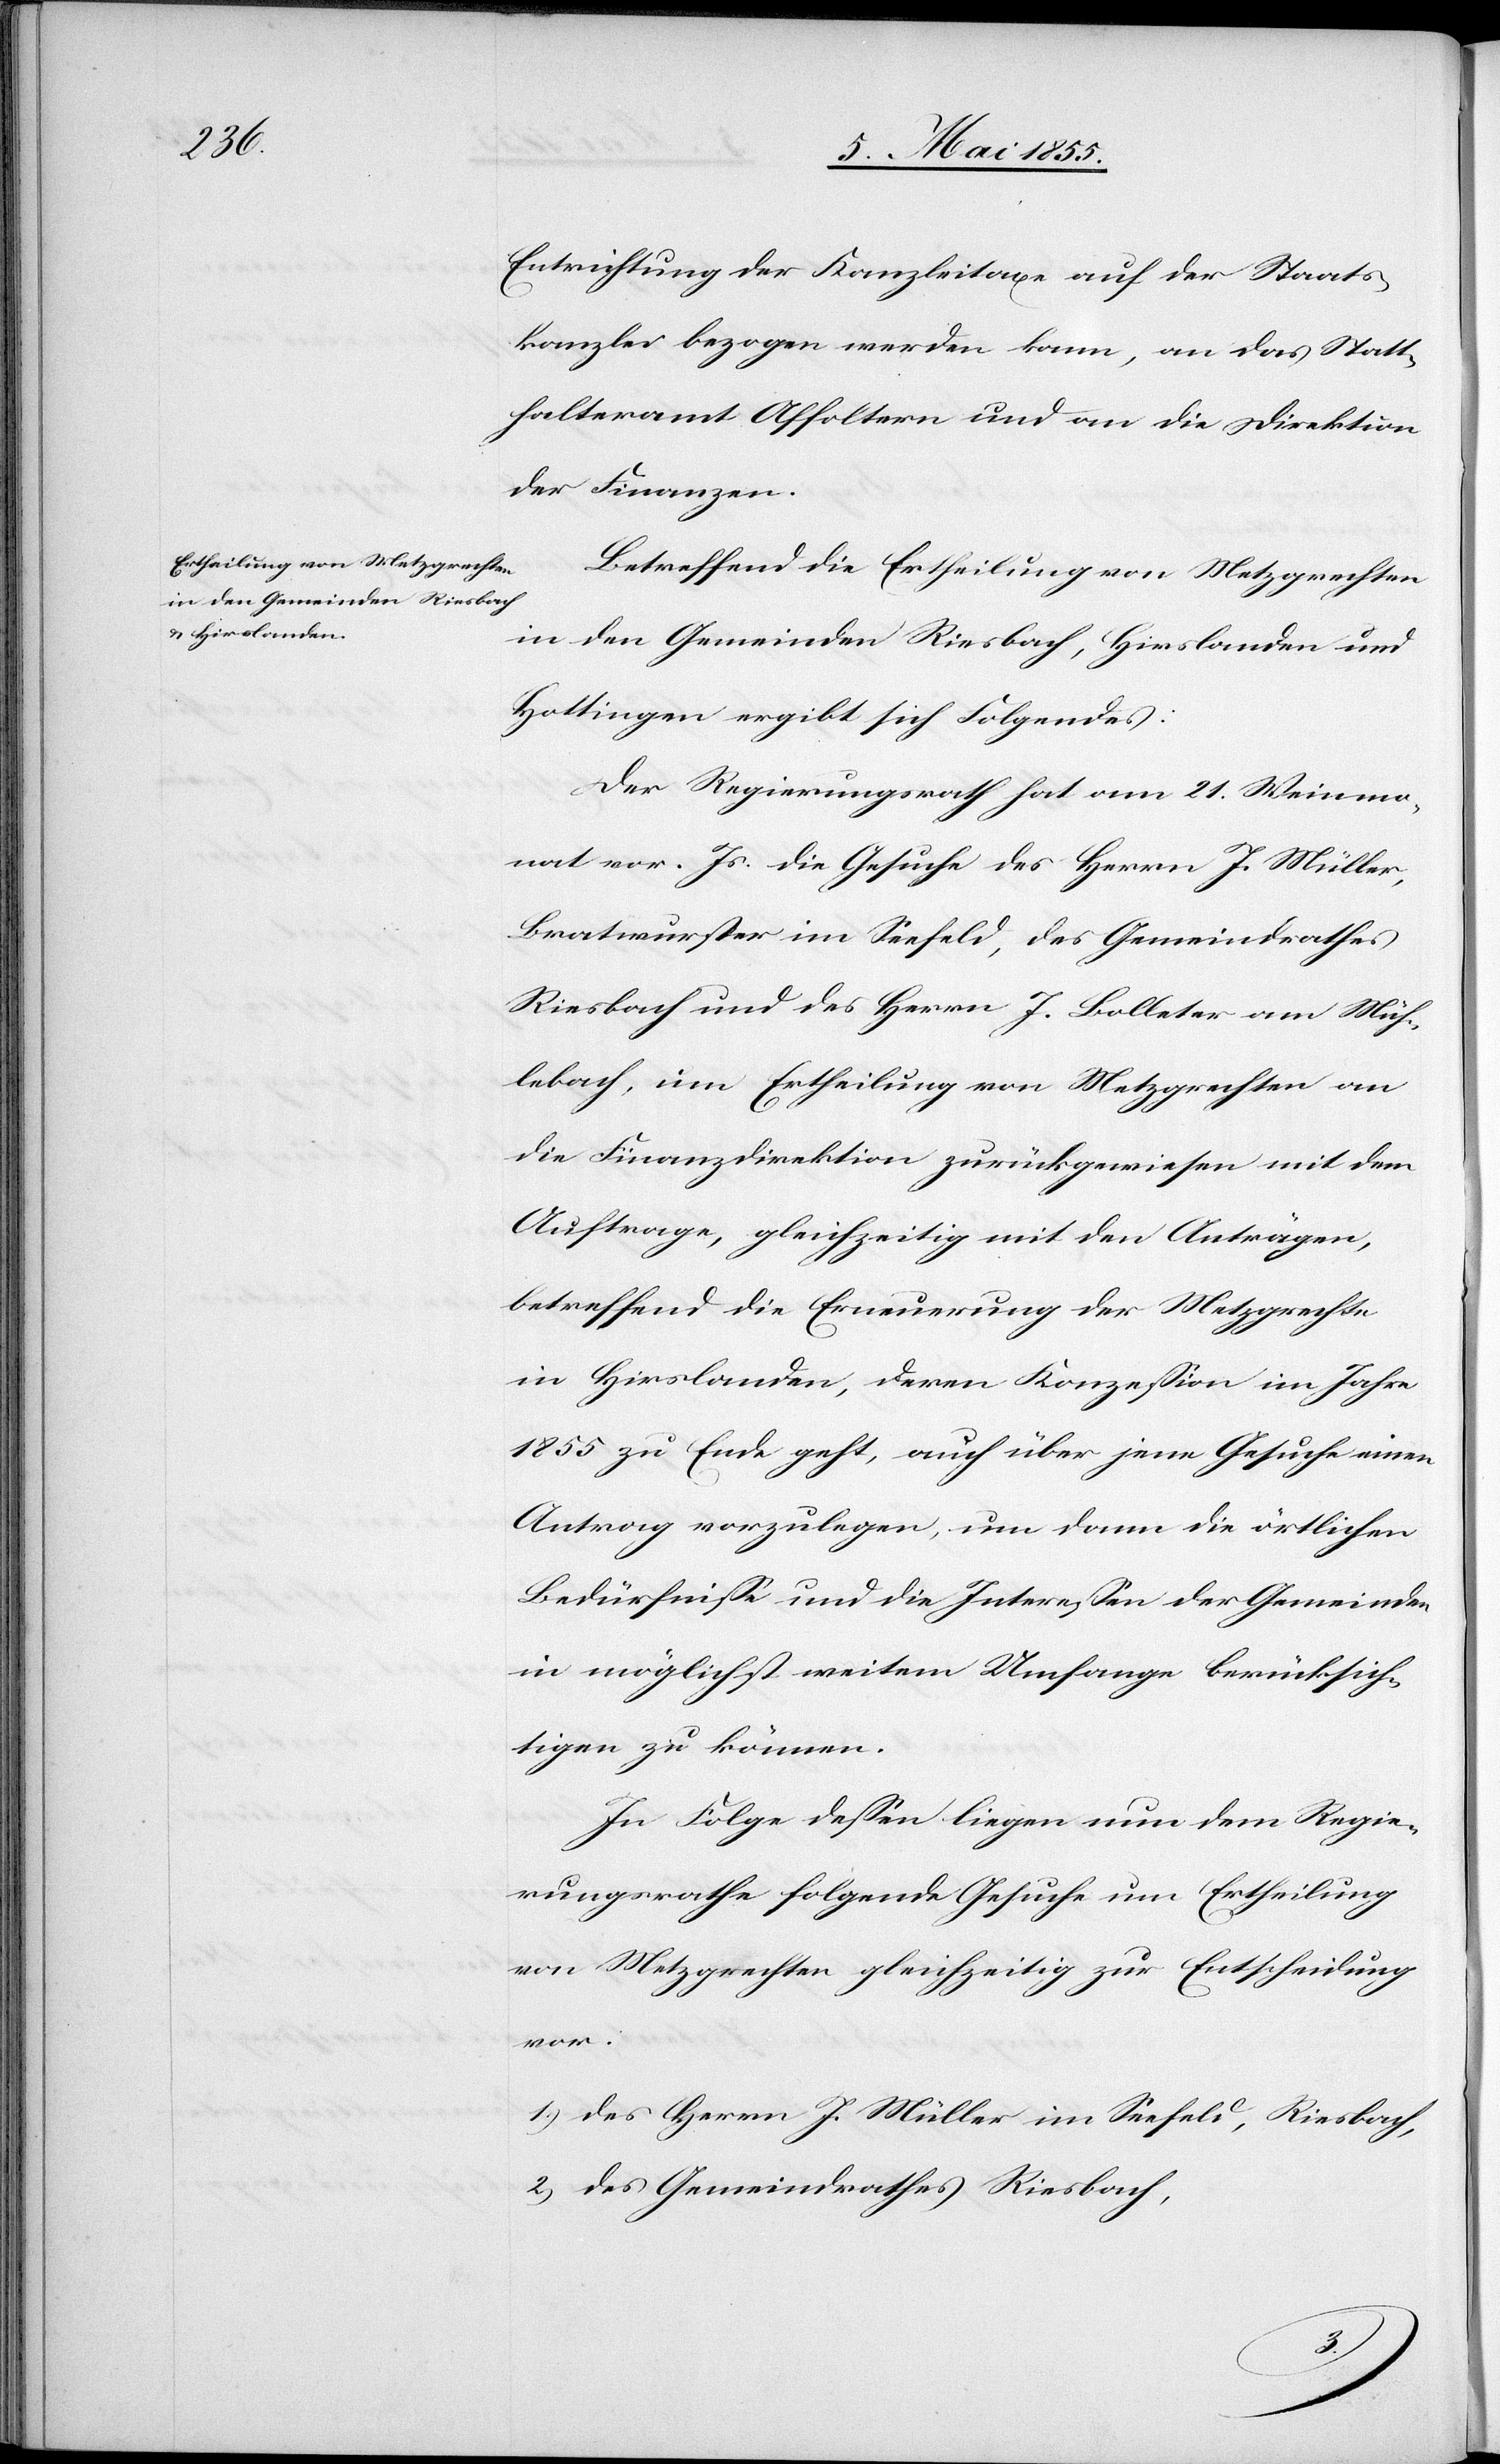
Entrichtung der Kanzleitaxe auf der Staats¬
kanzlei bezogen werden kann, an das Statt¬
halteramt Affoltern und an die Direktion
der Finanzen.
Betreffend die Ertheilung von Metzgrechten
in den Gemeinden Riesbach, Hirslanden und
Hottingen ergibt sich Folgendes:
Der Regierungsrath hat am 21. Weinmo¬
nat vor. Js. die Gesuche des Herrn J. Müller,
Bratwurster im Seefeld, des Gemeindrathes
Riesbach und des Herrn J. Bolleter am Müh¬
lebach, um Ertheilung von Metzgrechten an
die Finanzdirektion zurückgewiesen mit dem
Auftrage, gleichzeitig mit den Anträgen,
betreffend die Erneuerung der Metzgrechte
in Hirslanden, deren Konzession im Jahre
1855 zu Ende geht, auch über jene Gesuche einen
Antrag vorzulegen, um dann die örtlichen
Bedürfnisse und die Interessen der Gemeinden
in möglichst weitem Umfange berücksich¬
tigen zu können.
In Folge dessen liegen nun dem Regie¬
rungsrathe folgende Gesuche um Ertheilung
von Metzgrechten gleichzeitig zur Entscheidung
vor.
des Herrn J. Müller im Seefeld, Riesbach,
des Gemeindrathes Riesbach,